Report of the Municipal Commissioner on the plague in Bombay for the year ending 31st May... - Volume 3
Disease focus: Plague
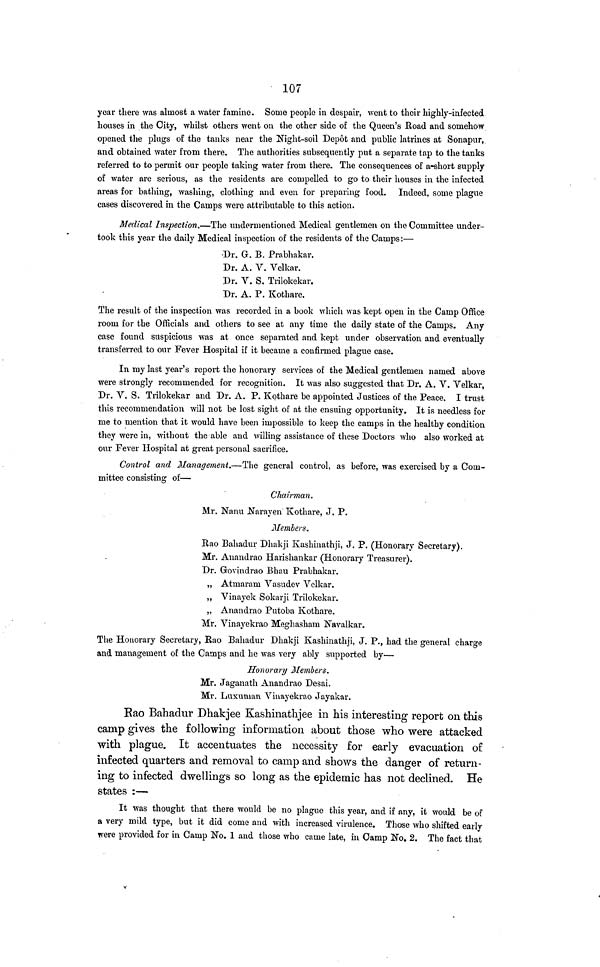
107
year there was almost a water famine. Some people in despair, went to their highly-infected
houses in the City, whilst others went on the other side of the Queen's Road and somehow
opened the plugs of the tanks near the Night-soil Depôt and public latrines at Sonapur,
and obtained water from there. The authorities subsequently put a separate tap to the tanks
referred to to permit our people taking water from there. The consequences of a short supply
of water are serious, as the residents are compelled to go to their houses in the infected
areas for bathing, washing, clothing and even for preparing food. Indeed, some plague
cases discovered in the Camps were attributable to this action.
Medical Inspection.—The undermentioned Medical gentlemen on the Committee under-
took this year the daily Medical inspection of the residents of the Camps:—
Dr. G. B. Prabhakar.
Dr. A. V. Velkar.
Dr. V. S. Trilokekar.
Dr. A. P. Kothare.
The result of the inspection was recorded in a book which was kept open in the Camp Office
room for the Officials and others to see at any time the daily state of the Camps. Any
case found suspicious was at once separated and kept under observation and eventually
transferred to our Fever Hospital if it became a confirmed plague case.
In my last year's report the honorary services of the Medical gentlemen named above
were strongly recommended for recognition. It was also suggested that Dr. A. V. Velkar,
Dr. V. S. Trilokekar and Dr. A. P. Kothare be appointed Justices of the Peace. I trust
this recommendation will not be lost sight of at the ensuing opportunity. It is needless for
me to mention that it would have been impossible to keep the camps in the healthy condition
they were in, without the able and willing assistance of these Doctors who also worked at
our Fever Hospital at great personal sacrifice.
Control and Management.—The general control, as before, was exercised by a Com-
mittee consisting of—
Chairman.
Mr. Nanu Narayen Kothare, J. P.
Members.
Rao Bahadur Dhakji Kashinathji, J. P. (Honorary Secretary).
Mr. Anandrao Harishankar (Honorary Treasurer).
Dr. Govindrao Bhau Prabhakar.
,, Atmaram Vasudev Velkar.
,, Vinayek Sokarji Trilokekar.
,, Anandrao Putoba Kothare.
Mr. Vinayekrao Meghasham Navalkar.
The Honorary Secretary, Rao Bahadur Dhakji Kashinathji, J. P., had the general charge
and management of the Camps and he was very ably supported by—
Honorary Members.
Mr. Jaganath Anandrao Desai.
Mr. Luxuman Vinayekrao Jayakar.
Rao Bahadur Dhakjee Kashinathjee in his interesting report on this
camp gives the following information about those who were attacked
with plague. It accentuates the necessity for early evacuation of
infected quarters and removal to camp and shows the danger of return-
ing to infected dwellings so long as the epidemic has not declined. He
states :—
It was thought that there would be no plague this year, and if any, it would be of
a very mild type, but it did come and with increased virulence. Those who shifted early
were provided for in Camp No. 1 and those who came late, in Camp No, 2. The fact that